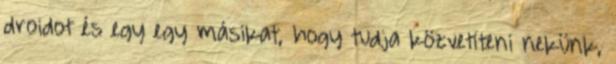
droidot és egy egy másikat, hogy tudja közvetíteni nekünk,